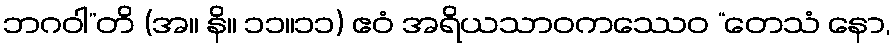
ဘဂဝါ”တိ (အ။ နိ။ ၁၁။၁၁) ဧဝံ အရိယသာဝကဿေဝ “တေသံ နော,